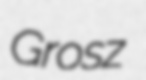
Grosz